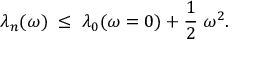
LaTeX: \lambda _ { n } ( \omega ) \; \leq \; \lambda _ { 0 } ( \omega = 0 ) + { \frac { 1 } { 2 } } \; \omega ^ { 2 } .